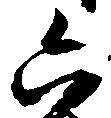
六